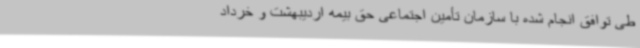
طی توافق انجام شده با سازمان تأمین اجتماعی حق بیمه اردیبهشت و خرداد